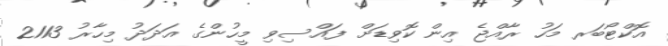
އޮކްޓޯބަރ މަހު ރާއްޖެ އިން ކޮވިޑަށް ފައްސިވި މީހުންގެ އަދަދު މިހާރު 2113